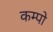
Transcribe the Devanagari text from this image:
कम्पो